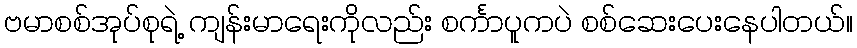
ဗမာစစ်အုပ်စုရဲ့ ကျန်းမာရေးကိုလည်း စင်္ကာပူကပဲ စစ်ဆေးပေးနေပါတယ်။